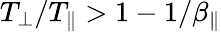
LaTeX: T_{\perp}/T_{\parallel}>1-1/\beta_{\parallel}